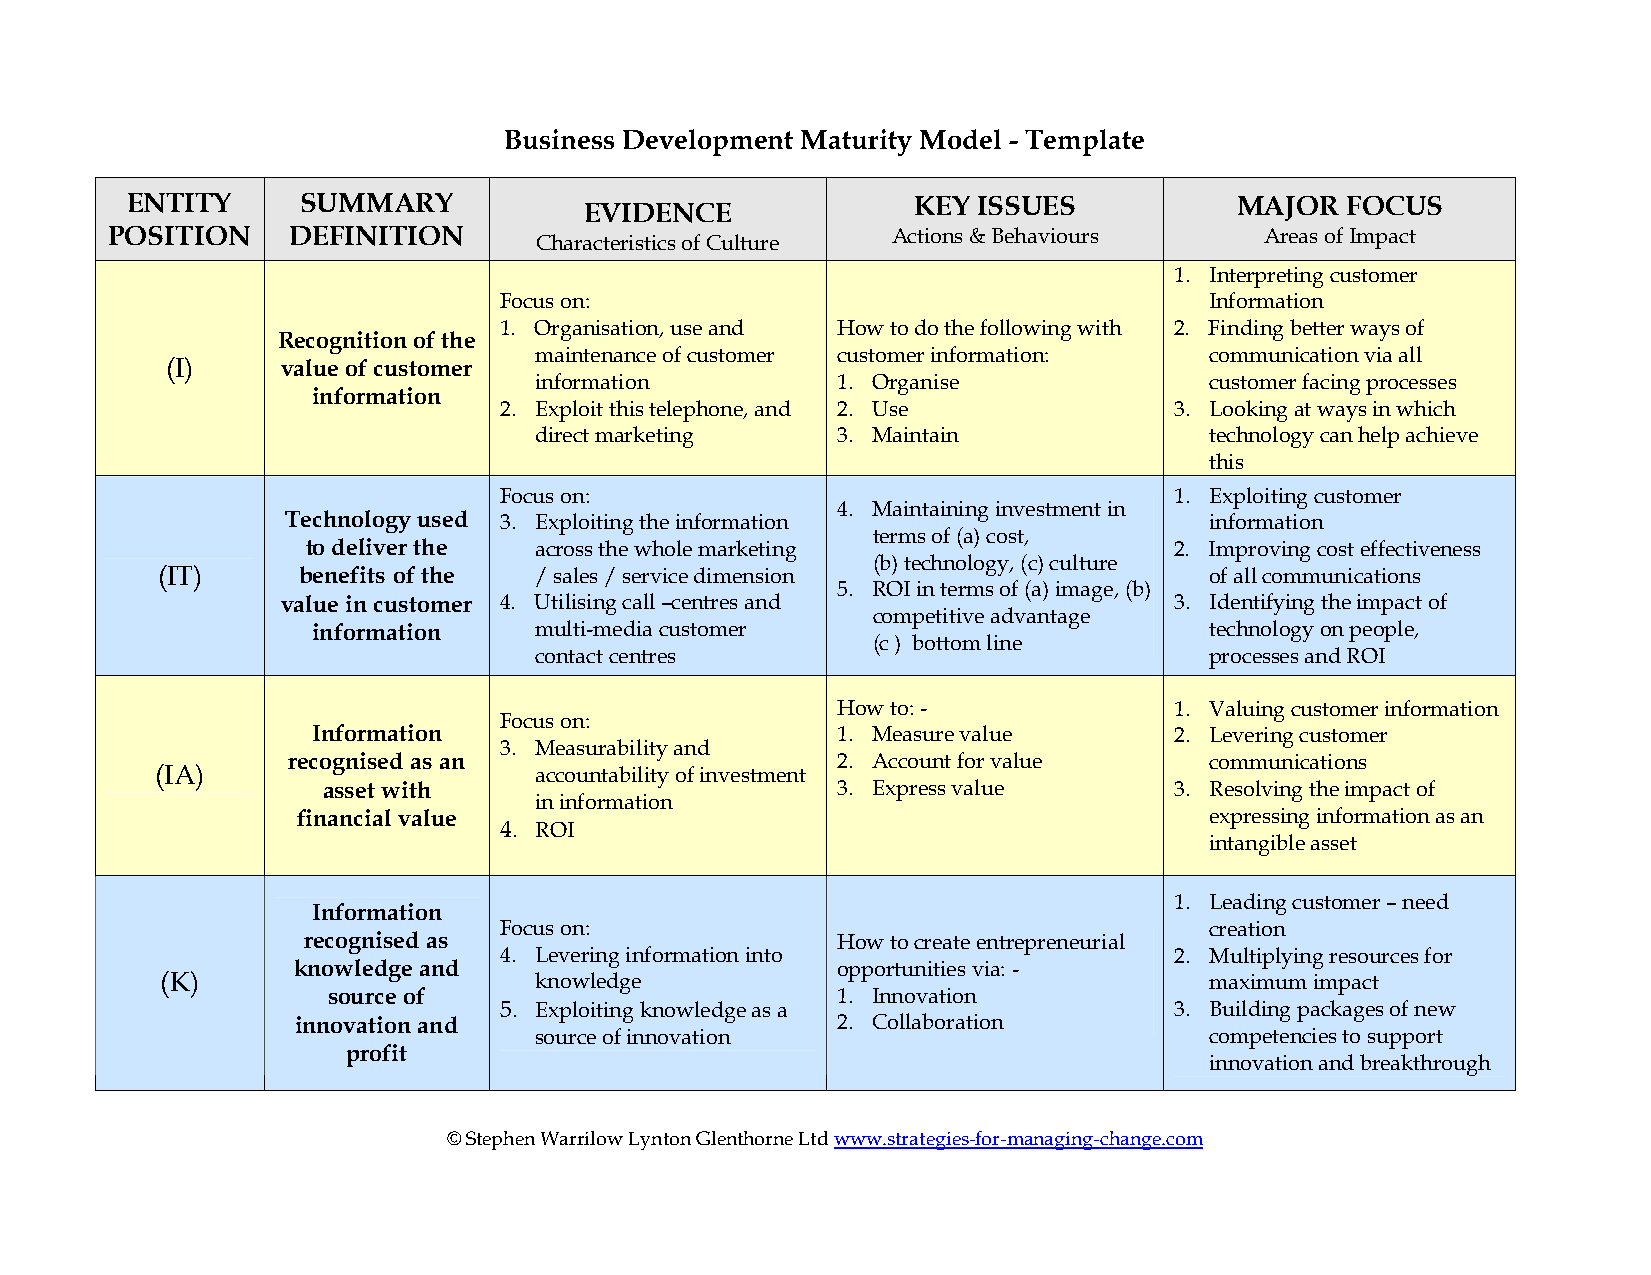
Business Development Maturity Model - Template
 ENTITY      SUMMARY                                 KEY  ISSUES           MAJOR  FOCUS
 EVIDENCE
 POSITION    DEFINITION                              Actions & Behaviours     Areas of Impact
 Characteristics of Culture
 1. Interpreting customer
 Focus on:                                      Information
 1. Organisation, use and How to do the following with 2. Finding better ways of
 Recognition of the
 maintenance of customer customer information: communication via all
 (I)     value of customer
 information         1. Organise              customer facing processes
 information
 2. Exploit this telephone, and 2. Use        3. Looking at ways in which
 direct marketing    3. Maintain              technology can help achieve
 this
 Focus on:                                    1. Exploiting customer
 4. Maintaining investment in
 Technology used 3. Exploiting the information                information
 terms of (a) cost,
 to deliver the across the whole marketing                 2. Improving cost effectiveness
 (b) technology, (c) culture
 (IT)      benefits of the / sales / service dimension                 of all communications
 5. ROI in terms of (a) image, (b)
 value in customer 4. Utilising call –centres and           3. Identifying the impact of
 competitive advantage
 information   multi-media customer                         technology on people,
 (c ) bottom line
 contact centres                              processes and ROI
 How to: -              1. Valuing customer information
 Focus on:
 Information                       1. Measure value       2. Levering customer
 3. Measurability and
 recognised as an                    2. Account for value     communications
 (IA)                     accountability of investment
 asset with                        3. Express value       3. Resolving the impact of
 in information
 financial value                                             expressing information as an
 4. ROI
 intangible asset
 1. Leading customer – need
 Information
 Focus on:                                      creation
 recognised as                      How to create entrepreneurial
 4. Levering information into                 2. Multiplying resources for
 knowledge and                       opportunities via: -
 (K)                     knowledge                                    maximum impact
 source of                        1. Innovation
 5. Exploiting knowledge as a                 3. Building packages of new
 innovation and                     2. Collaboration
 source of innovation                         competencies to support
 profit
 innovation and breakthrough
 © Stephen Warrilow Lynton Glenthorne Ltd www.strategies-for-managing-change.com